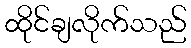
ထိုင်ချလိုက်သည်